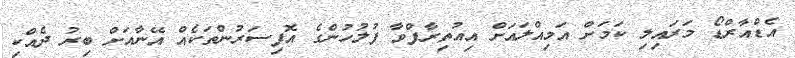
އެޑްއާރްޑޯ މަރައިލި ކަމަށް އަމިއްލައަށް އިއުތިރާފްވާ ފުލުހުންގެ އޮފިސަރުންތަކެއް އޭނާއަށް ބިރު ދެއްކި